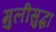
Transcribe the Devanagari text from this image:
मुलीसुद्धा